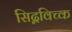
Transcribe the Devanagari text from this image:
सिद्गविच्क